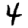
Digit: 4